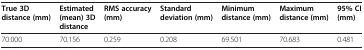
| True 3D distance (mm) | Estimated (mean) 3D distance | RMS accuracy (mm) | Standard deviation (mm) | Minimum distance (mm) | Maximum distance (mm) | 95% CI (mm) |
 | --- | --- | --- | --- | --- | --- | --- |
 | 70.000 | 70.156 | 0.259 | 0.208 | 69.501 | 70.683 | 0.481 |